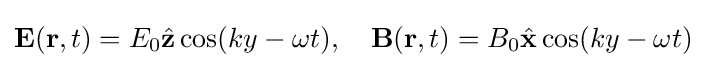
{\mathbf {E} }({\mathbf {r} },t)=E_{0}{\hat {\mathbf {z} }}\cos(ky-\omega t),\ \ \ {\mathbf {B} }({\mathbf {r} },t)=B_{0}{\hat {\mathbf {x} }}\cos(ky-\omega t)